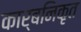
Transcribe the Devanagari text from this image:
कार्बनिकृत